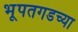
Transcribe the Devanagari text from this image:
भूपतगडच्या